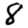
Digit: 8